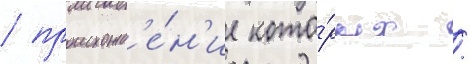
/ происхожд'е́н'ие кото́рых /